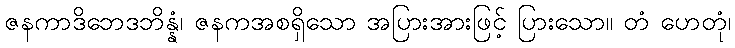
ဇနကာဒိဘေဒဘိန္နံ၊ ဇနကအစရှိသော အပြားအားဖြင့် ပြားသော။ တံ ဟေတုံ၊